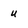
Character: u